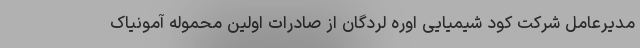
مدیرعامل شرکت کود شیمیایی اوره لردگان از صادرات اولین محموله آمونیاک